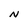
Character: n